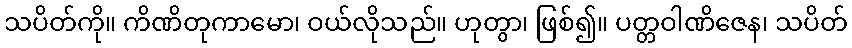
သပိတ်ကို။ ကိဏိတုကာမော၊ ဝယ်လိုသည်။ ဟုတွာ၊ ဖြစ်၍။ ပတ္တဝါဏိဇေန၊ သပိတ်